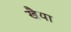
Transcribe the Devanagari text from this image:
खैया